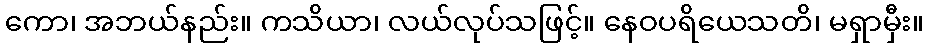
ကော၊ အဘယ်နည်း။ ကသိယာ၊ လယ်လုပ်သဖြင့်။ နေဝပရိယေသတိ၊ မရှာမှီး။